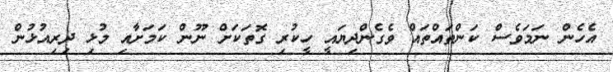
އެހެން ނަމަވެސް ކަންތައްތައް ވެގެންދިޔައީ ހީކުރި ގޮތަކަށް ނޫން ކަމަށާއި މުޅި ދިރިއުޅުން